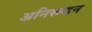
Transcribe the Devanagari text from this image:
अनिरूद्धन